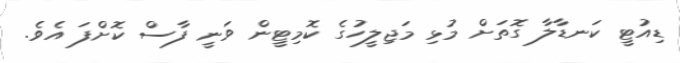
ޑިއުޓީ ކަނޑާލާ ގޮތަށް މުޅި މަޖިލީހުގެ ކޮމިޓީން ވަނީ ފާސް ކޮށްފަ އެވެ.